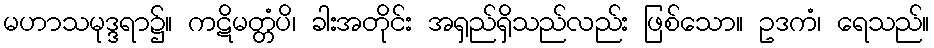
မဟာသမုဒ္ဒရာ၌။ ကဋိမတ္တံပိ၊ ခါးအတိုင်း အရှည်ရှိသည်လည်း ဖြစ်သော။ ဥဒကံ၊ ရေသည်။